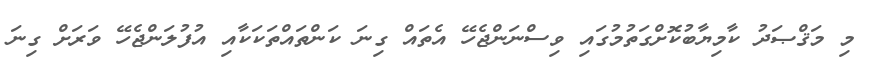
މި މަޤްޞަދު ކާމިޔާބުކޮށްގަތުމުގައި ވިސްނަންޖެހޭ އެތައް ގިނަ ކަންތައްތަކަކާއި އުފުލަންޖެހޭ ވަރަށް ގިނަ